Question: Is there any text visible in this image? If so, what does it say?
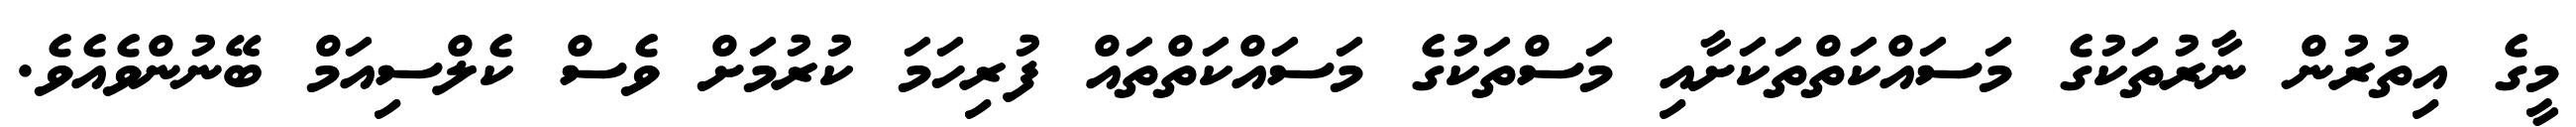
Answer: މީގެ އިތުރުން ނާރުތަކުގެ މަސައްކަތްތަކަށާއި މަސްތަކުގެ މަސައްކަތްތައް ފުރިހަމަ ކުރުމަށް ވެސް ކެލްސިއަމް ބޭނުންވެއެވެ.